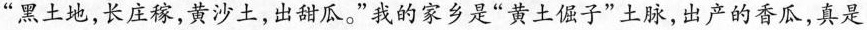
”黑土地，长庄稼，黄沙土，出甜瓜。”我的家乡是”黄土子”上脉，出产的香瓜，真是